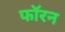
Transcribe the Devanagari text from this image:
फॉरन